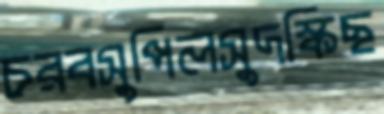
চরবসুপিলসুদস্কিছ